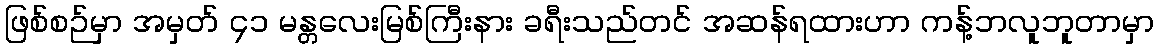
ဖြစ်စဉ်မှာ အမှတ် ၄၁ မန္တလေးမြစ်ကြီးနား ခရီးသည်တင် အဆန်ရထားဟာ ကန့်ဘလူဘူတာမှာ